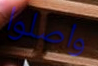
واصلوا